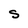
Character: S